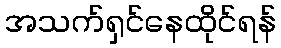
အသက်ရှင်နေထိုင်ရန်